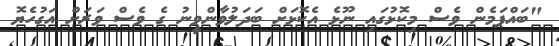
"ބައްޕަމެން ވެސް މިކޮޅުގައި ނޫޅެ އެކޮޅަށް ބަދަލުވާންވީނު ގެ ވެސް ވަރަށް އަގުހެޔޮ